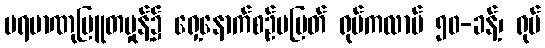
ပရမာဏုမြူတမှုန့်၌ ရှေ့နောက်စဉ်မပြတ် ရုပ်ကလာပ် ၅၀-ခန့်၊ ရုပ်